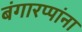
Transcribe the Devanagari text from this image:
बंगारप्पांना